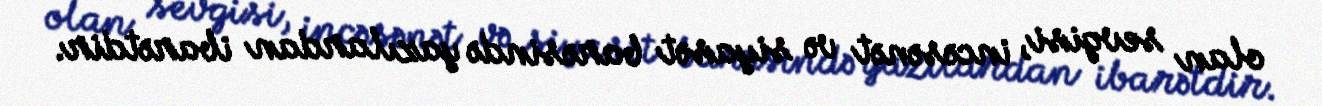
olan sevgisi, incəsənət və siyasət barəsində yazılardan ibarətdir.